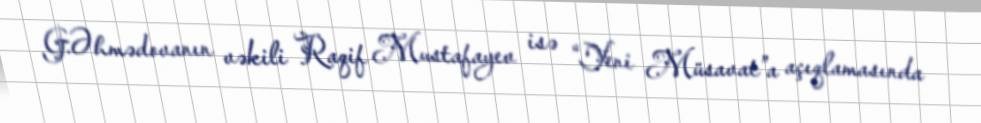
G.Əhmədovanın vəkili Raqif Mustafayev isə “Yeni Müsavat”a açıqlamasında